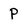
Character: P